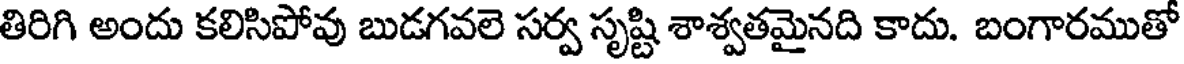
తిరిగి అందు కలిసిపోవు బుడగవలె సర్వ సృష్టి శాశ్వతమైనది కాదు. బంగారముతో